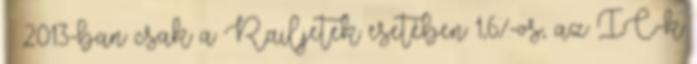
– 2013-ban csak a Railjetek esetében 1,6%-os, az IC-k